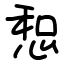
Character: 惒